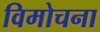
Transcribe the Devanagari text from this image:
विमोचना